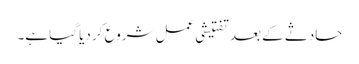
حادثے کے بعد تفتیشی عمل شروع کر دیا گیا ہے۔